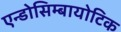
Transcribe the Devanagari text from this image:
एन्डोसिम्बायोटिक